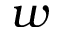
\boldsymbol { w }